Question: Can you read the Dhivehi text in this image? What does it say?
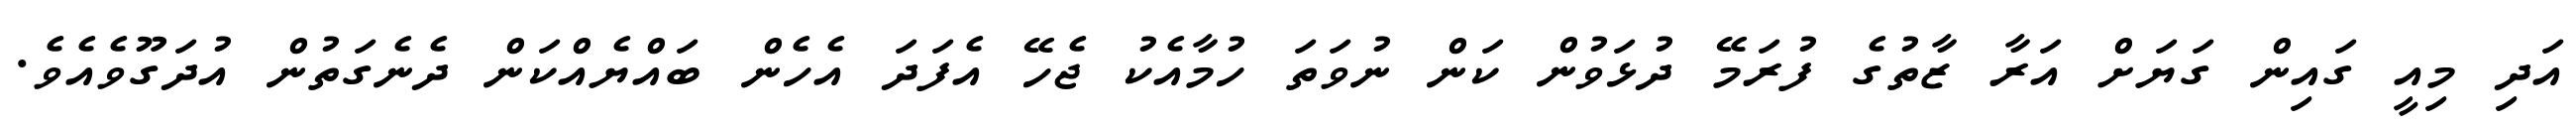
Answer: އަދި މިއީ ގައިން ގަޔަށް އަރާ ޒާތުގެ ފުރަމޭ ދުޅަވުން ކަން ނުވަތަ ހުމާއެކު ޖެހޭ އެފަދަ އެހެން ބައްޔެއްކަން ދެނެގަތުން އުދަގޫވެއެވެ.